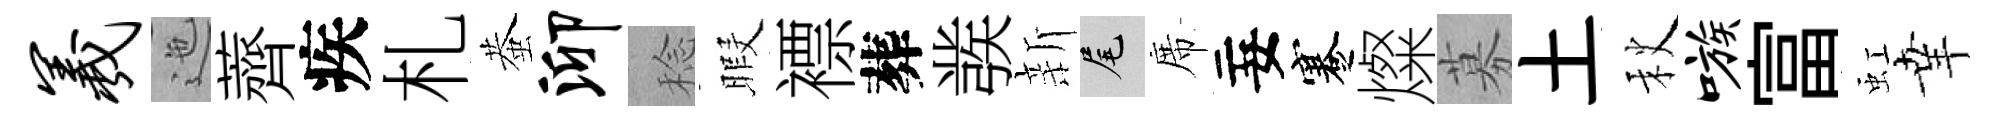
羲迤薺疾札蛬泖稔暇褾葬彂新尾席妄蹇燦募土秋嗾富虹𦍒